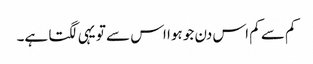
کم سے کم اس دن جو ہوا اس سے تو یہی لگتا ہے۔